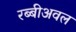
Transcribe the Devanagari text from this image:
रब्बीअवल